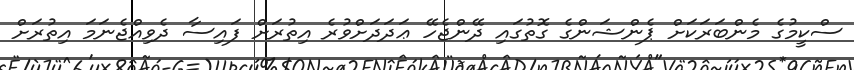
ސްކީމުގެ މެންބަރަކަށް ޕެންޝަންގެ ގޮތުގައި ދޭންޖެހޭ ޢަދަދަށްވުރެ އިތުރަށް ފައިސާ ދެވިއްޖެނަމަ އިތުރަށް